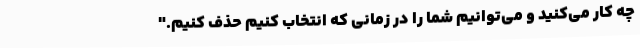
چه کار می‌کنید و می‌توانیم شما را در زمانی که انتخاب کنیم حذف کنیم."